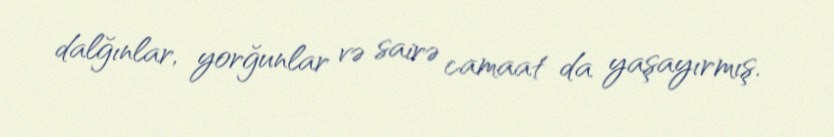
dalğınlar, yorğunlar və sairə camaat da yaşayırmış.